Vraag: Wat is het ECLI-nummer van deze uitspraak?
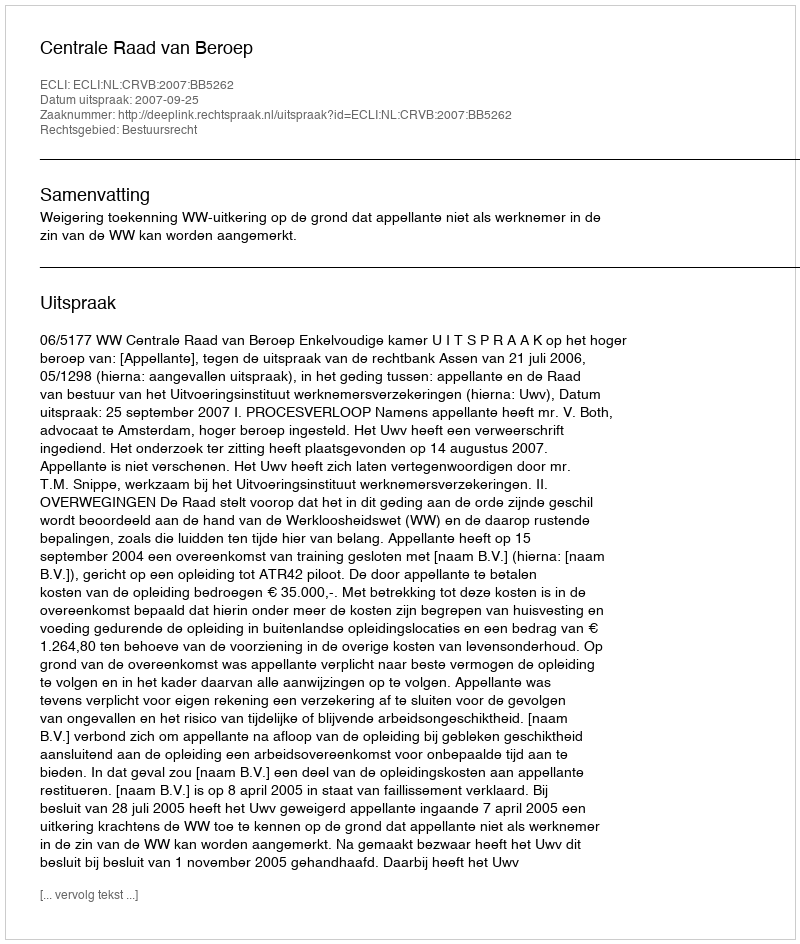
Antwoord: ECLI:NL:CRVB:2007:BB5262